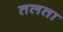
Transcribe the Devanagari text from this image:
तलता